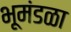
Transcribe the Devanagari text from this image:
भूमंडळा